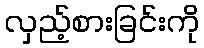
လှည့်စားခြင်းကို